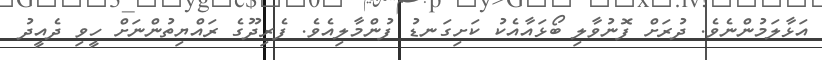
އަޅާލަމުންނެވެ. ދުރަށް ފޮނުވާލި ބޯޅައާއެކު ކަށިގަނޑު ފުންމާލިއެވެ. ފެރިދޫގެ ރައްޔިތުންނަށް ހީވި ދެއީދު